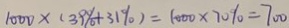
1 0 0 0 \times ( 3 9 \% + 3 1 \% ) = 1 0 0 0 \times 7 0 \% = 7 0 0